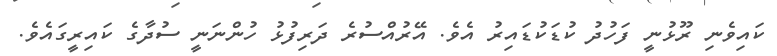
ކައިވެނި ރޫޅުނީ ފަހުދު ކުޑަކުޑައިރު އެވެ. އޭރުއްސުރެ ދަރިފުޅު ހުންނަނީ ސުދާގެ ކައިރީގައެވެ.